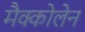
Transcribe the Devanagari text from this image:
मैक्कोलेन